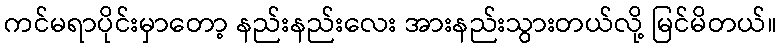
ကင်မရာပိုင်းမှာတော့ နည်းနည်းလေး အားနည်းသွားတယ်လို့ မြင်မိတယ်။